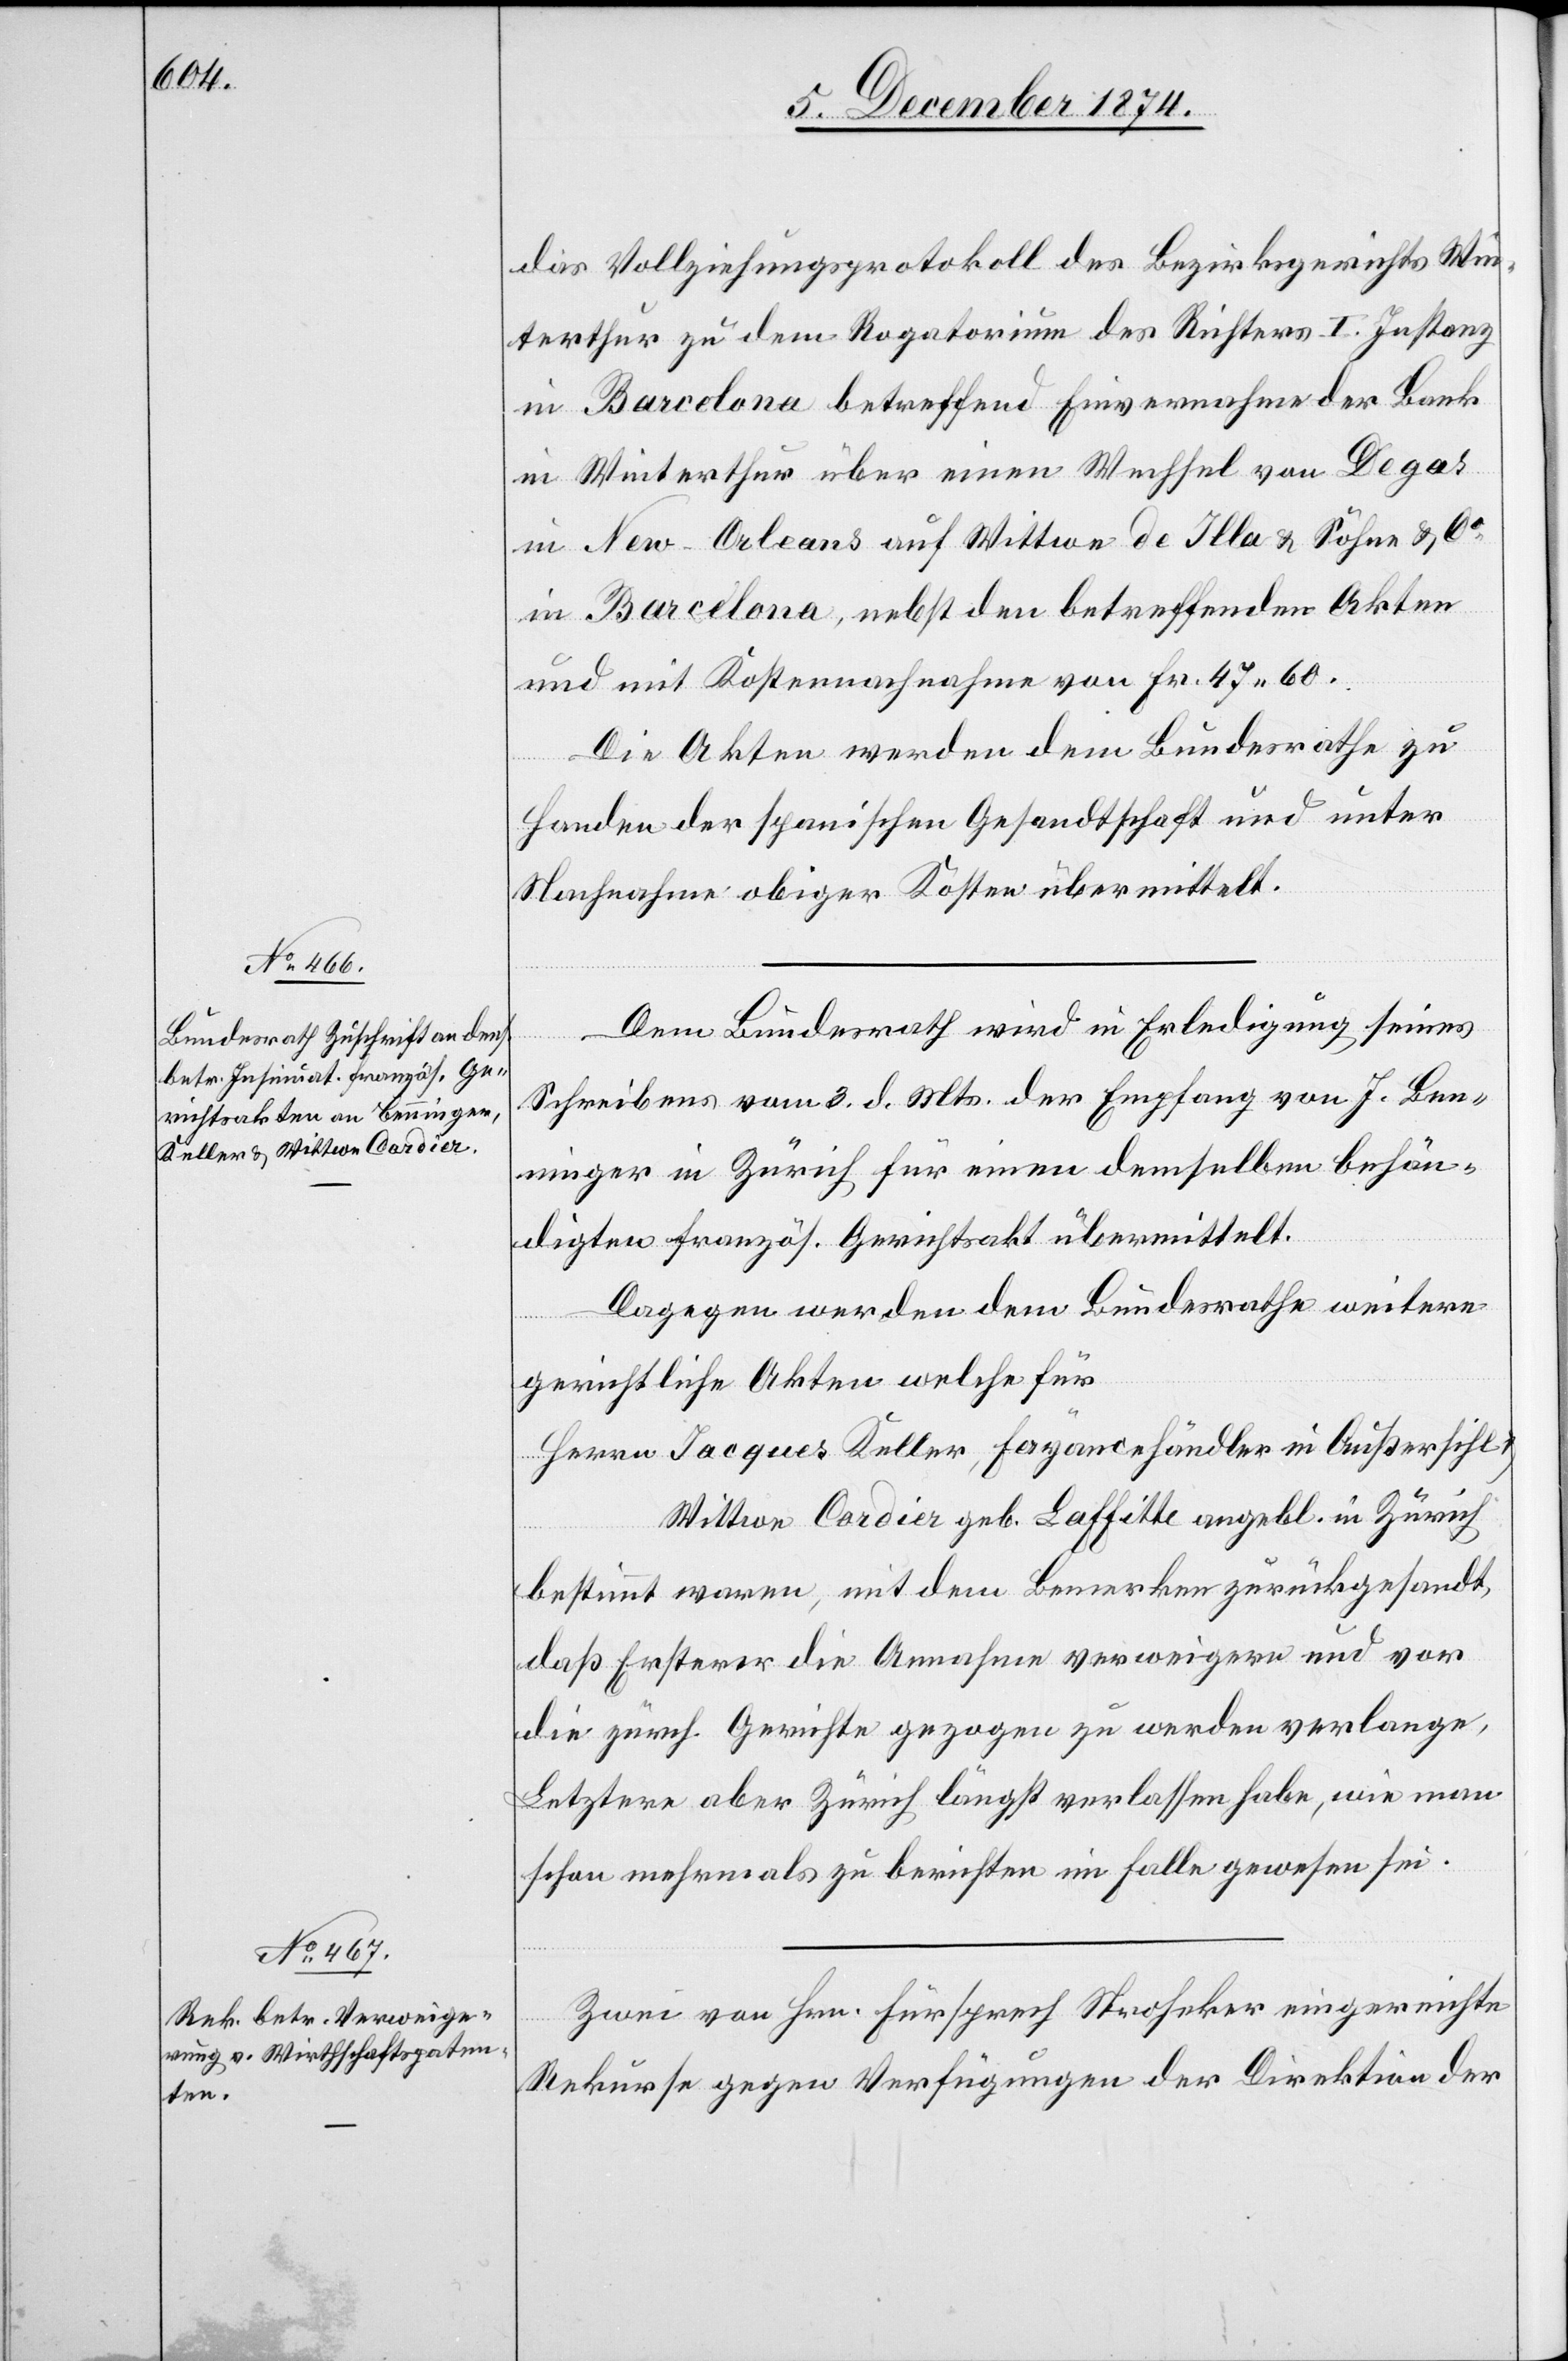
10. Dezember 1874.]
das Vollziehungsprotokoll des Bezirksgerichts Win¬
terthur zu dem Rogatorium des Richters I. Instanz
in Barcelona betreffend Einvernahme der Bank
in Winterthur über einen Wechsel von Degas
in New-Orleans auf Wittwe de Illa & Söhne & Co
in Barcelona, nebst den betreffenden Akten
und mit Kostennachnahme von Fr. 47.60.
Die Akten werden dem Bundesrathe zu
Handen der spanischen Gesandtschaft und unter
Nachnahme obiger Kosten übermittelt.
Dem Bundesrath wird in Erledigung seines
Schreibens vom 3. d. Mts. der Empfang von J. Ben¬
ninger in Zürich für einen demselben behän¬
digten französ. Gerichtsakt übermittelt.
Dagegen werden dem Bundesrathe weitere
gerichtliche Akten welche für
Herrn Jacques Keller, Fayancehändler in Außersihl,
Wittwe Cardier geb. Laffitte angebl. in Zürich
bestimmt waren, mit dem Bemerken zurückgesandt,
daß Ersterer die Annahme verweigern und vor
die zürch. Gerichte gezogen zu werden verlange,
Letztere aber Zürich längst verlassen habe, wie man
schon mehrmals zu berichten im Falle gewesen sei.
Zwei von Hrn. Fürsprech Stroheker eingereichte
Rekurse gegen Verfügungen der Direktion der